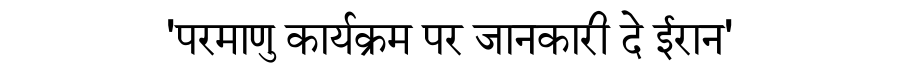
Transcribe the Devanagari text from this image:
'परमाणु कार्यक्रम पर जानकारी दे ईरान'